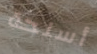
أسلحة